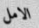
الامل